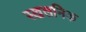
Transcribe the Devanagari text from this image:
स्खलनिक